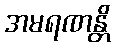
အမရဏန္တိ